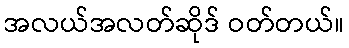
အလယ်အလတ်ဆိုဒ် ဝတ်တယ်။